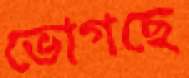
ভোগছে